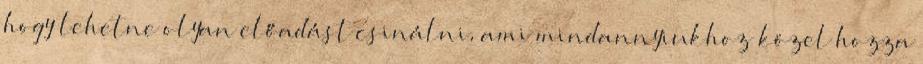
hogy lehetne olyan előadást csinálni, ami mindannyiukhoz közel hozza